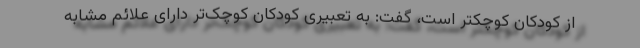
از کودکان کوچکتر است، گفت: به تعبیری کودکان کوچک‌تر دارای علائم مشابه